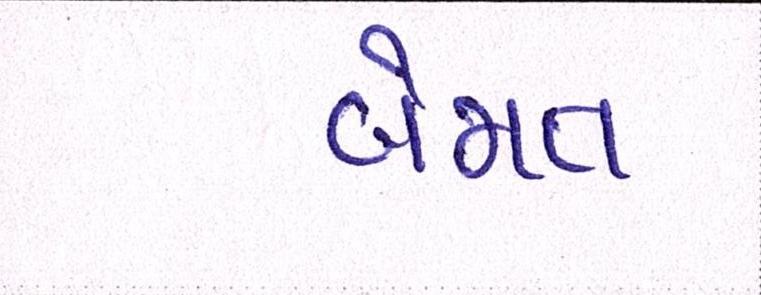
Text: બેમત